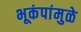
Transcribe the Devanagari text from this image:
भूकंपांमुळे